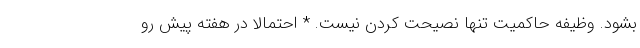
بشود. وظیفه حاکمیت تنها نصیحت کردن نیست. * احتمالا در هفته پیش رو